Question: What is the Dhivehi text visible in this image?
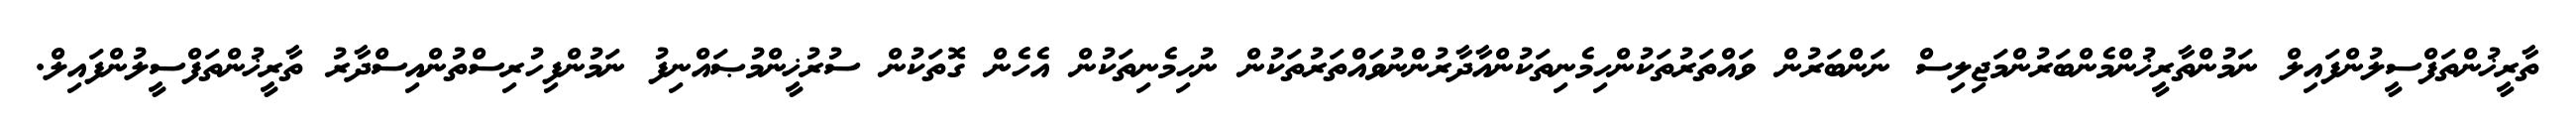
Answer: ތާރީޚުންތަފްސީލުންފައިލް ނަމުންތާރީޚުންމެންބަރުންމަޖިލިސް ނަންބަރުން ވައްތަރުތަކުންހިމެނިތަކުންއާދާރުންނުވައްތަރުތަކުން ނުހިމެނިތަކުން އެހެން ގޮތަކުން ސުރުޚީންމުޞައްނިފު ނަމުންފިހުރިސްތުންއިސްދާރު ތާރީޚުންތަފްސީލުންފައިލް.